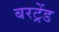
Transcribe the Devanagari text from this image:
बरट्रेंड